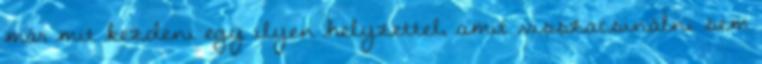
már mit kezdeni egy ilyen helyzettel, amit visszacsinálni sem